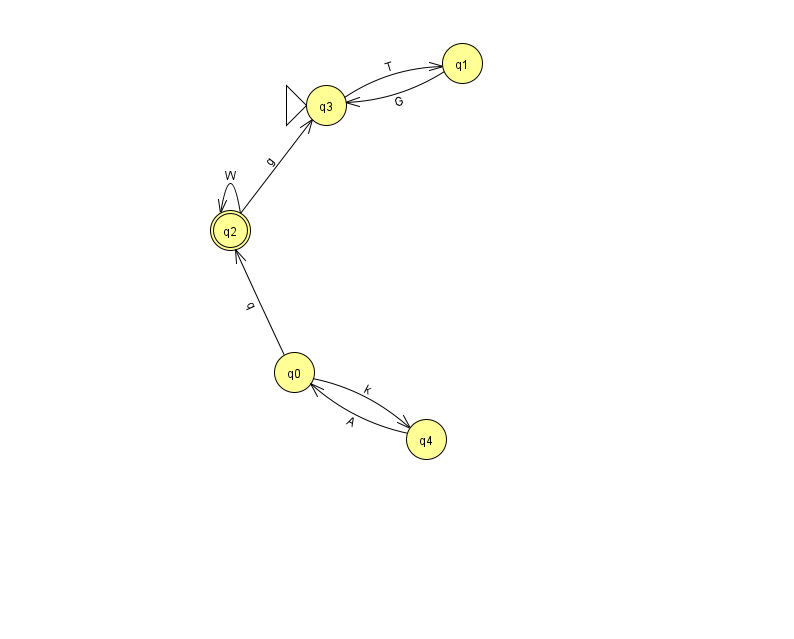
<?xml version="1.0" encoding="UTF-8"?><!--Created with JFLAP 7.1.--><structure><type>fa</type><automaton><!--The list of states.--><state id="0" name="q0"><x>294.0</x><y>359.0</y></state><state id="1" name="q1"><x>462.0</x><y>50.0</y></state><state id="2" name="q2"><x>230.0</x><y>217.0</y><final/></state><state id="3" name="q3"><x>326.0</x><y>92.0</y><initial/></state><state id="4" name="q4"><x>426.0</x><y>426.0</y></state><!--The list of transitions.--><transition><from>0</from><to>4</to><read>k</read></transition><transition><from>2</from><to>3</to><read>g</read></transition><transition><from>2</from><to>2</to><read>W</read></transition><transition><from>3</from><to>1</to><read>T</read></transition><transition><from>4</from><to>0</to><read>A</read></transition><transition><from>1</from><to>3</to><read>G</read></transition><transition><from>0</from><to>2</to><read>q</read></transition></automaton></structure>